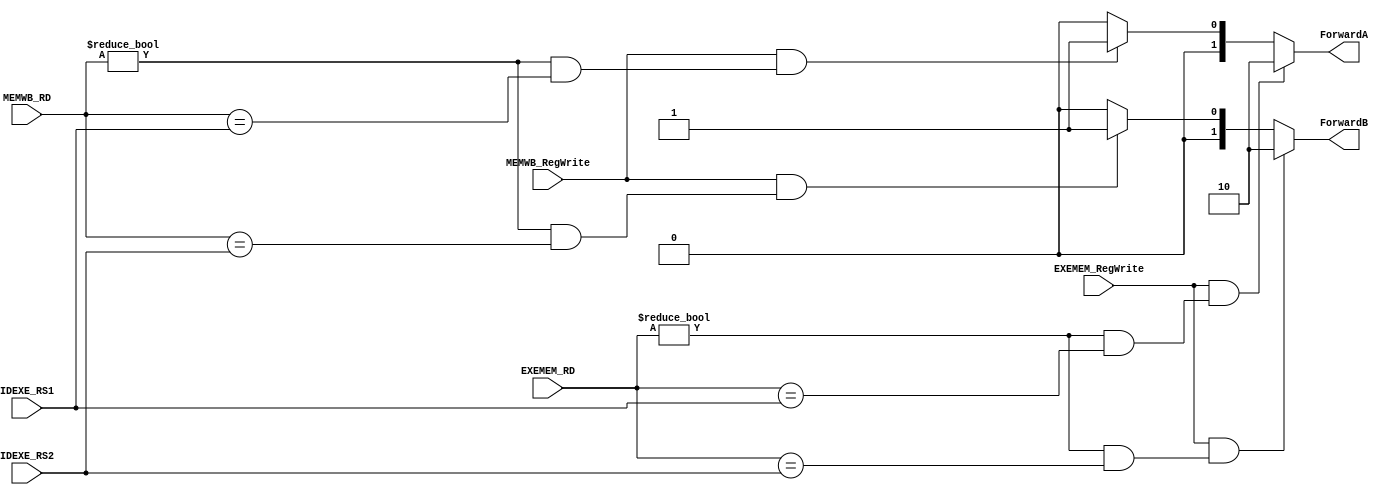
`timescale 1ns/1ps
module ForwardingUnit (
    input [5-1:0] IDEXE_RS1,
    input [5-1:0] IDEXE_RS2,
    input [5-1:0] EXEMEM_RD,
    input [5-1:0] MEMWB_RD,
    input EXEMEM_RegWrite,
    input MEMWB_RegWrite,
    output reg [2-1:0] ForwardA,
    output reg [2-1:0] ForwardB
);

always @(*) begin
    if (EXEMEM_RegWrite & (EXEMEM_RD !=0 & (EXEMEM_RD == IDEXE_RS1)))
        ForwardA <= 2'b10;
    else if (MEMWB_RegWrite & (MEMWB_RD !=0 & (MEMWB_RD == IDEXE_RS1)))
        ForwardA <= 2'b01;
    else
        ForwardA <= 2'b00;
end

always @(*) begin
    if (EXEMEM_RegWrite & (EXEMEM_RD !=0 & (EXEMEM_RD == IDEXE_RS2)))
        ForwardB <= 2'b10;
    else if (MEMWB_RegWrite & (MEMWB_RD !=0 & (MEMWB_RD == IDEXE_RS2)))
        ForwardB <= 2'b01;
    else
        ForwardB <= 2'b00;
    
end

endmodule